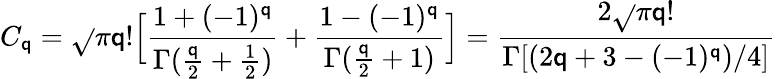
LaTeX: C_{\mathsf{q}}=\sqrt{}{{\pi}}\mathsf{q}!\Big[\frac{{1+(-1)^{\mathsf{q}}}}{{\Gamma(\frac{{\mathsf{q}}}{{2}}+\frac{{1}}{{2}})}}+\frac{{1-(-1)^{\mathsf{q}}}}{{\Gamma(\frac{{\mathsf{q}}}{{2}}+1)}}\Big]=\frac{{2\sqrt{}{{\pi}}\mathsf{q}!}}{{\Gamma[(2\mathsf{q}+3-(-1)^{\mathsf{q}})/4]}}